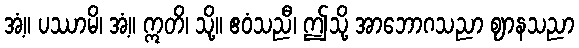
အံ့။ ပဿာမိ၊ အံ့။ ဣတိ၊ သို့။ ဧဝံသညီ၊ ဤသို့ အာဘောဂသညာ ဈာနသညာ